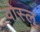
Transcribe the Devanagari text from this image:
वोस्लु